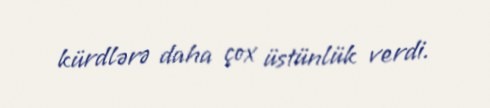
kürdlərə daha çox üstünlük verdi.